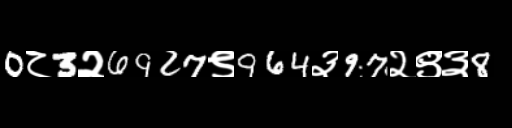
Text: 0८3२6927९964३97२९३8